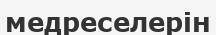
медреселерін